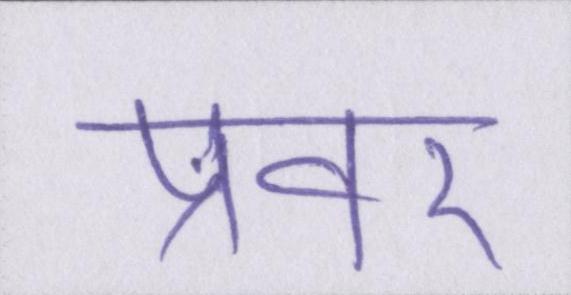
प्रवर